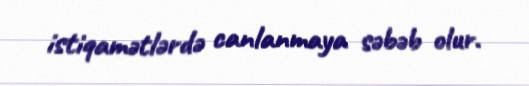
istiqamətlərdə canlanmaya səbəb olur.